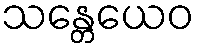
သန္တေယေဝ